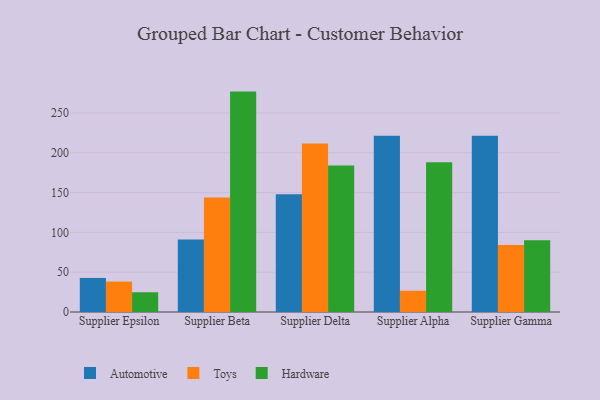
{"axis": {"x": "Supplier", "y": "Backlog"}, "legend": ["Automotive", "Hardware", "Toys"], "data": [{"x": "Supplier Epsilon", "y": 42.8, "type": "Automotive"}, {"x": "Supplier Epsilon", "y": 38.2, "type": "Toys"}, {"x": "Supplier Epsilon", "y": 24.8, "type": "Hardware"}, {"x": "Supplier Beta", "y": 91.2, "type": "Automotive"}, {"x": "Supplier Beta", "y": 143.7, "type": "Toys"}, {"x": "Supplier Beta", "y": 276.9, "type": "Hardware"}, {"x": "Supplier Delta", "y": 148.0, "type": "Automotive"}, {"x": "Supplier Delta", "y": 211.6, "type": "Toys"}, {"x": "Supplier Delta", "y": 184.1, "type": "Hardware"}, {"x": "Supplier Alpha", "y": 221.5, "type": "Automotive"}, {"x": "Supplier Alpha", "y": 26.7, "type": "Toys"}, {"x": "Supplier Alpha", "y": 188.2, "type": "Hardware"}, {"x": "Supplier Gamma", "y": 221.5, "type": "Automotive"}, {"x": "Supplier Gamma", "y": 84.3, "type": "Toys"}, {"x": "Supplier Gamma", "y": 90.2, "type": "Hardware"}]}